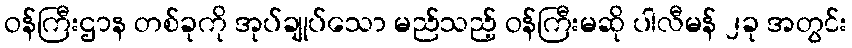
ဝန်ကြီးဌာန တစ်ခုကို အုပ်ချုပ်သော မည်သည့် ဝန်ကြီးမဆို ပါလီမန် ၂ခု အတွင်း